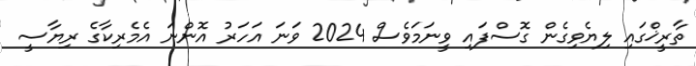
ތާރީޚްގައި ލިޔެވިގެން ގޮސްފައި ވީނަމަވެސް 2024 ވަނަ އަހަރު އޮންނަ އެމެރިކާގެ ރިޔާސީ